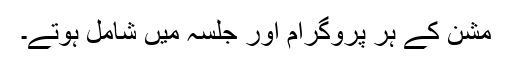
مشن کے ہر پروگرام اور جلسہ میں شامل ہوتے۔